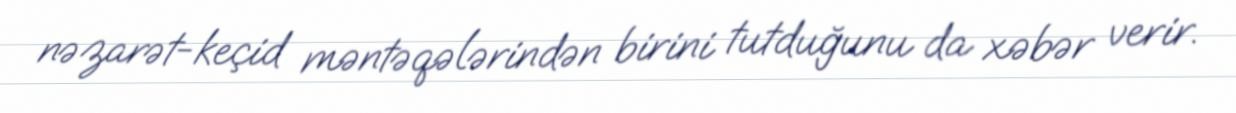
nəzarət-keçid məntəqələrindən birini tutduğunu da xəbər verir.